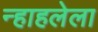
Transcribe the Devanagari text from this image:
न्हाहलेला